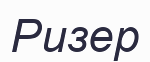
Ризер